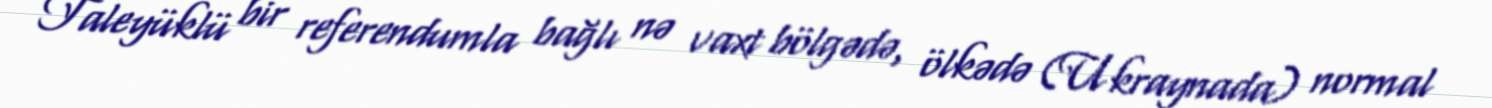
Taleyüklü bir referendumla bağlı nə vaxt bölgədə, ölkədə (Ukraynada) normal